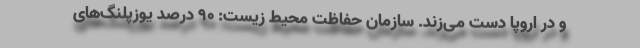
و در اروپا دست می‌زند. سازمان حفاظت محیط ‌زیست: ۹۰ درصد یوزپلنگ‌های